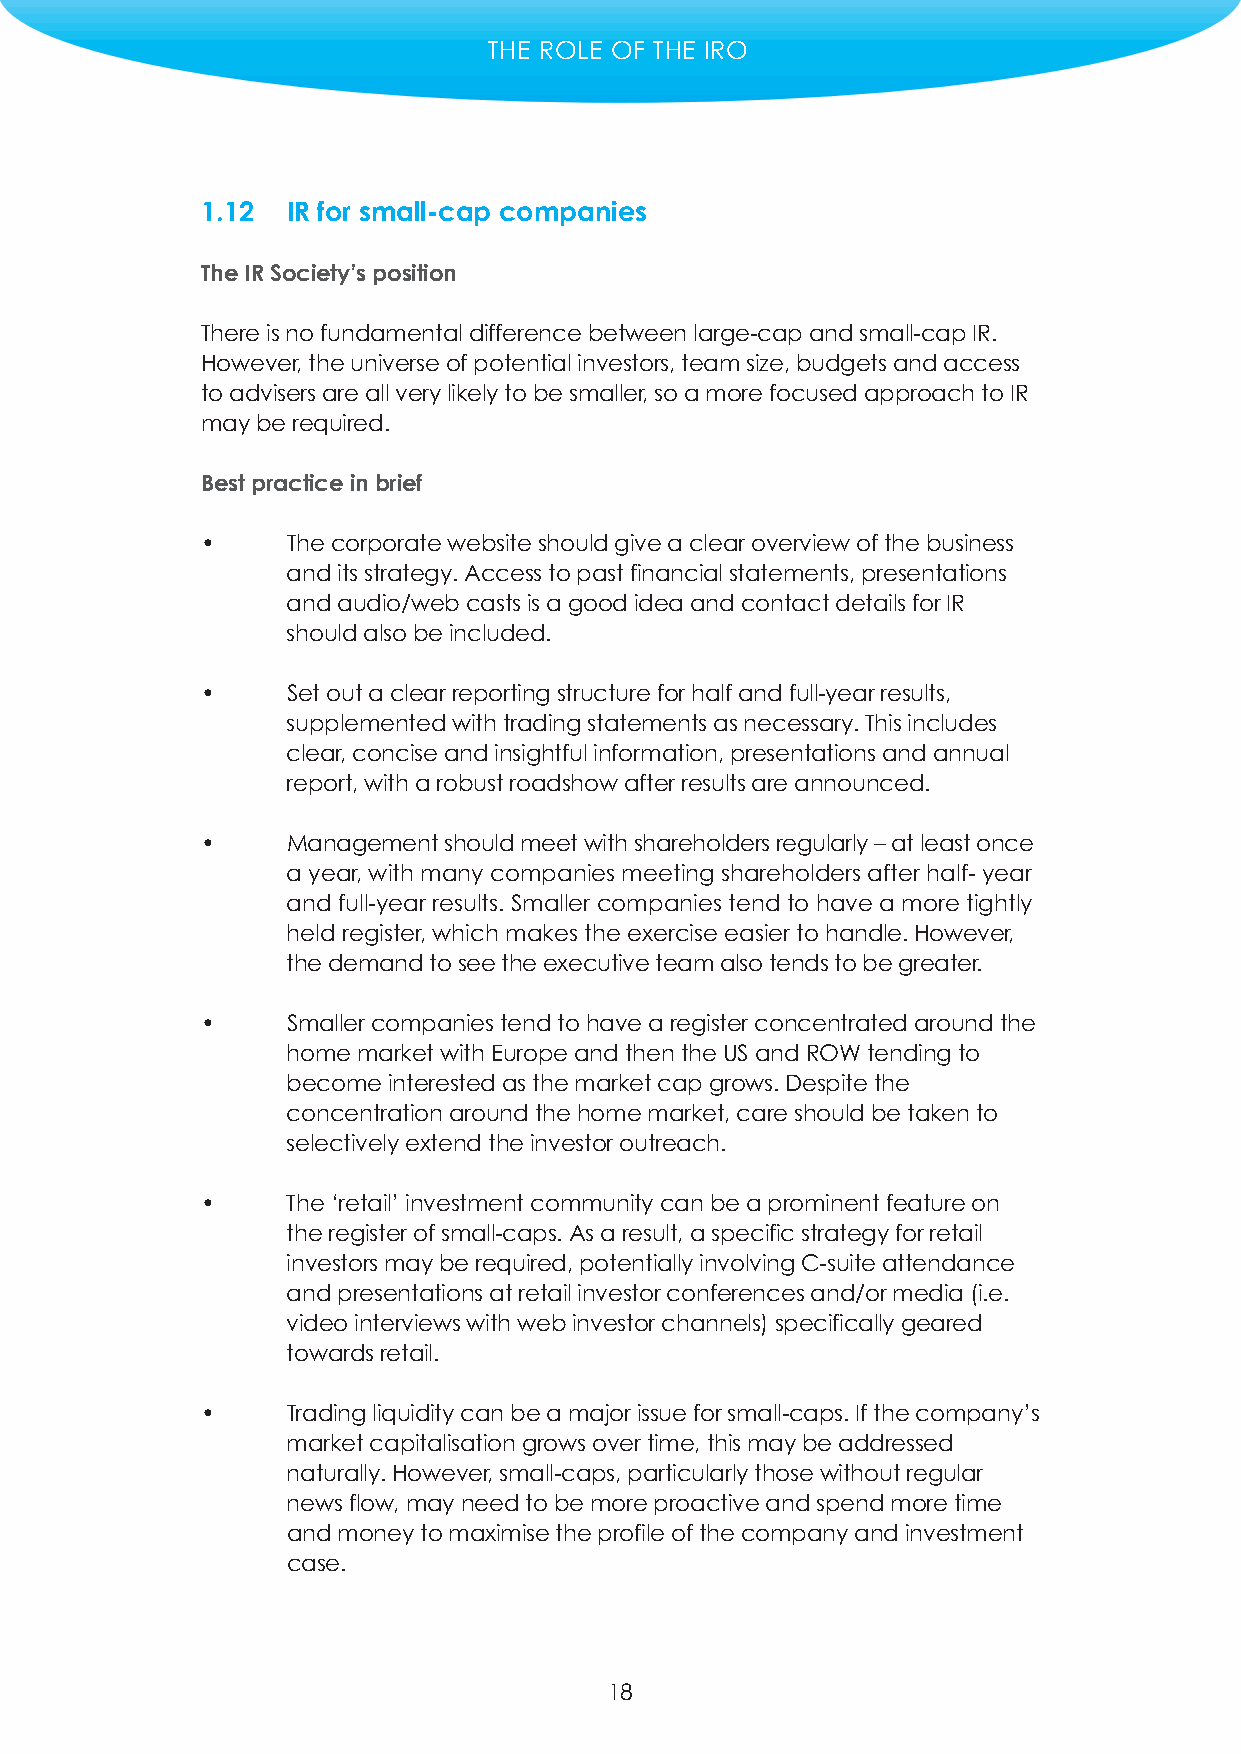
THE ROLE OF THE IRO
 1.12  IR for small-cap companies
 The IR Society’s position
 There is no fundamental difference between large-cap and small-cap IR.
 However, the universe of potential investors, team size, budgets and access
 to advisers are all very likely to be smaller, so a more focused approach to IR
 may be required.
 Best practice in brief
 •     The corporate website should give a clear overview of the business
 and its strategy. Access to past financial statements, presentations
 and audio/web casts is a good idea and contact details for IR
 should also be included.
 •     Set out a clear reporting structure for half and full-year results,
 supplemented with trading statements as necessary. This includes
 clear, concise and insightful information, presentations and annual
 report, with a robust roadshow after results are announced.
 •     Management should meet with shareholders regularly – at least once
 a year, with many companies meeting shareholders after half- year
 and full-year results. Smaller companies tend to have a more tightly
 held register, which makes the exercise easier tohandle. However,
 the demand to see the executive team also tends to be greater.
 •     Smaller companies tend to have a register concentrated around the
 home market with Europe and then the US and ROW tending to
 become interested as the market cap grows. Despite the
 concentration around the home market, care should be taken to
 selectively extend the investor outreach.
 •     The ‘retail’ investment community can be a prominent feature on
 the register of small-caps. As a result, a specific strategy for retail
 investors may be required, potentially involving C-suite attendance
 and presentations at retail investor conferences and/or media (i.e.
 video interviews with web investor channels) specifically geared
 towards retail.
 •     Trading liquidity can be a major issue for small-caps. If the company’s
 market capitalisation grows over time, this may be addressed
 naturally. However, small-caps, particularly those without regular
 news flow, may need to be more proactive and spend more time
 and money to maximise the profile of the company and investment
 case.
 18